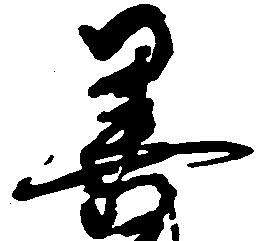
善